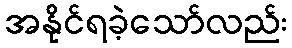
အနိုင်ရခဲ့သော်လည်း